Report of the Municipal Commissioner on the plague in Bombay for the year ending 31st May... - Volume 1
Disease focus: Plague
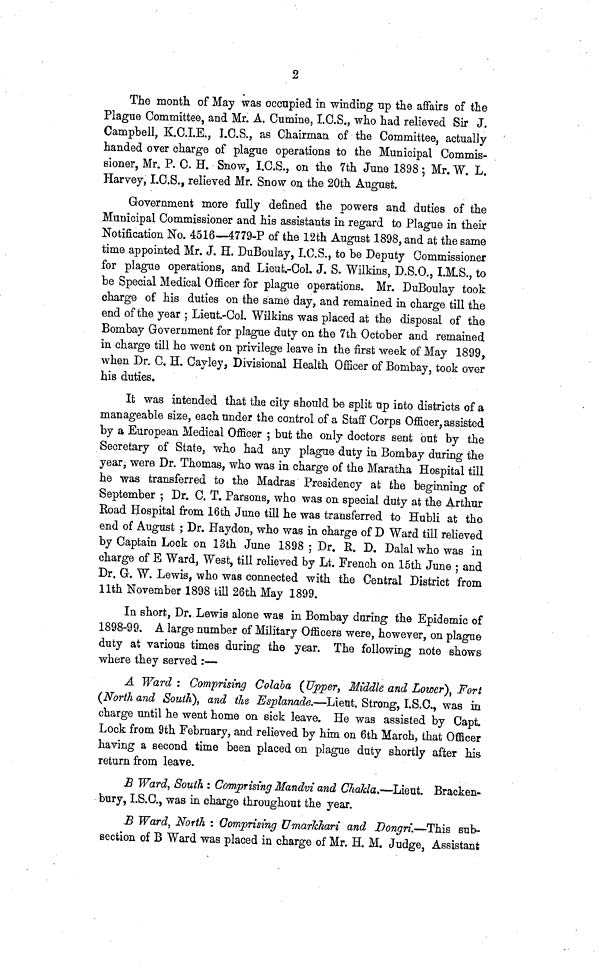
2
The month of May was occupied in winding up the affairs of the
Plague Committee, and Mr. A. Cumine, I.C.S., who had relieved Sir J.
Campbell, K.C.I.E., I.C.S., as Chairman of the Committee, actually
handed over charge of plague operations to the Municipal Commis-
sioner, Mr. P. C. H. Snow, I.C.S., on the 7th June 1898 5 Mr. W. L.
Harvey, I.C.S., relieved Mr. Snow on the 20th August.
Government more fully defined the powers and duties of the
Municipal Commissioner and his assistants in regard to Plague in their
Notification No. 4516—4779-P of the 12th August 1898, and at the same
time appointed Mr. J. H. DuBoulay, I.C.S., to be Deputy Commissioner
for plague operations, and Lieufc.~Col. J, S. Wilkins, D.S.O., I.M.S., to
be Special Medical Officer for plague operations. Mr. DuBoulay took
charge of his duties on the same day, and remained in charge till the
end of the year ; Lieut. Col. Wilkins was placed at the disposal of the
Bombay Government for plague duty on the 7th October and remained
in charge till he went on privilege leave in the first week of May 1899,
when Dr. C. H. Cayley, Divisional Health Officer of Bombay, took over
his duties.
It was intended that the city should be split up into districts of a
manageable size, each under the control of a Stan 7 Corps Officer, assisted
by a European Medical Officer ; but the only doctors sent out by the
Secretary of State, who had any plague duty in Bombay during the
year, were Dr. Thomas, who was in charge of the Maratha Hospital till
he was transferred to the Madras Presidency at the beginning of
September ; Dr. C. T. Parsons, who was on special duty at the Arthur
Road Hospital from 16th June till he was transferred to Hubli at the
end of August ; Dr. Haydon, who was in charge of D Ward till relieved
by Captain Lock on 13th June 1898 ; Dr. R. D. Dalai who was in
charge of E Ward, West, till relieved by Lt. French on 15th June ; and
Dr. G. W. Lewis, who was connected with the Central District from
llth November 1898 till 26th May 1899.
In short, Dr. Lewis alone was in Bombay during the Epidemic of
1898-99. A large number of Military Officers were, however, on plague
duty at various times during the year. The following note shows
where they served :—
A Ward : Comprising Colaba (Upper, Middle and Lower), Fort
(North and South), and the Esplanade.—Lient. Strong, I.S.O., was in
charge until he went home on sick leave. He was assisted by Capt.
Lock from 9th February, and relieved by him on 6th March, that Officer
having a second time been placed on plague duty shortly after his
return from leave.
B Ward, South : Comprising Mandvi and ChaMa.—Lieut. Bracken-
bury, I.S.O., was in charge throughout the year.
B Ward, North : Comprising Umarkhari and Dongri.—This sub-
section of B Ward was placed in charge of Mr. H. M. Judge, Assistant